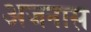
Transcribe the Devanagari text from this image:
अजनास